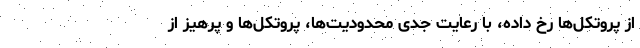
از پروتکل‌ها رخ داده، با رعایت جدی محدودیت‌ها، پروتکل‌ها و پرهیز از